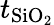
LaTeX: t_{\mathrm{SiO_{2}}}